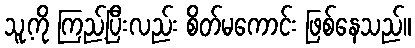
သူ့ကို ကြည့်ပြီးလည်း စိတ်မကောင်း ဖြစ်နေသည်။